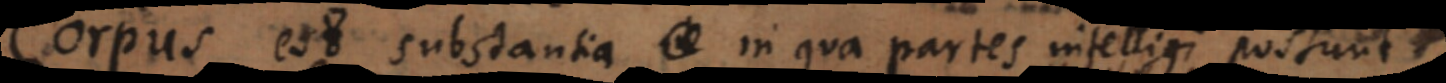
Corpus est substantia in qua partes intelligi possunt.